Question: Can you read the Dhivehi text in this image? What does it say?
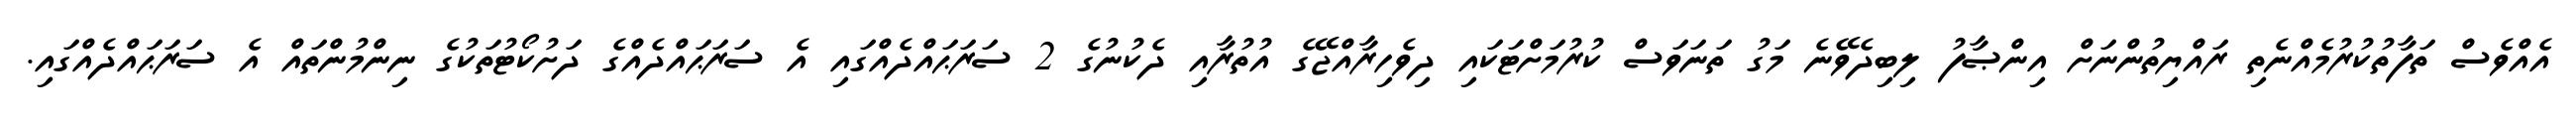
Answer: އެއްވެސް ތަފާތުކުރުމެއްނެތި ރައްޔިތުންނަށް އިންޞާފު ލިބިދެވޭނެ މަގު ތަނަވަސް ކުރުމަށްޓަކައި ދިވެހިރާއްޖޭގެ އުތުރާއި ދެކުނުގެ 2 ސަރަޙައްދެއްގައި އެ ސަރަޙައްދެއްގެ ދަށުކޯޓުތަކުގެ ނިންމުންތައް އެ ސަރަޙައްދެއްގައި.